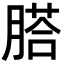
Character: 𦞂